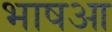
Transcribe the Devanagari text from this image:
भाषआ